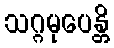
သဂ္ဂမုပေန္တိ